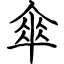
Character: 傘